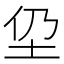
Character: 𱖌